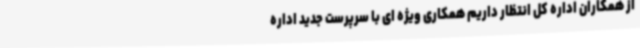
از همکاران اداره کل انتظار داریم همکاری ویژه ای با سرپرست جدید اداره